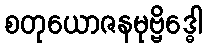
စတုယောဇနမုဗ္ဗိဒ္ဓေါ